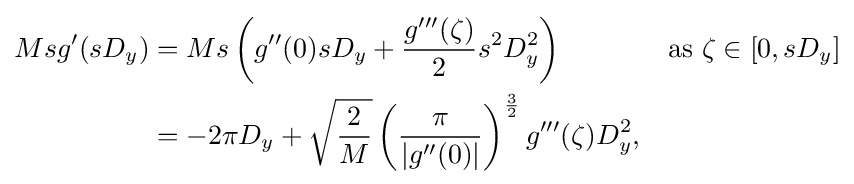
{\begin{aligned}Msg'(sD_{y})&=Ms\left(g''(0)sD_{y}+{\frac {g'''(\zeta )}{2}}s^{2}D_{y}^{2}\right)&&{\text{as }}\zeta \in [0,sD_{y}]\\&=-2\pi D_{y}+{\sqrt {\frac {2}{M}}}\left({\frac {\pi }{|g''(0)|}}\right)^{\frac {3}{2}}g'''(\zeta )D_{y}^{2},\end{aligned}}